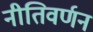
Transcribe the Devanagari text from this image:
नीतिवर्णन